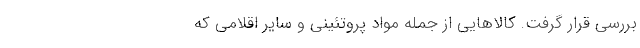
بررسی قرار گرفت. کالا‌هایی از جمله مواد پروتئینی و سایر اقلامی که